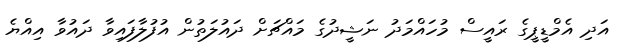
އަދި އެމްޑީޕީގެ ރައީސް މުހައްމަދު ނަޝީދުގެ މައްޗަށް ދައުލަތުން އުފުލާފައިވާ ދައުވާ އިއްޔެ